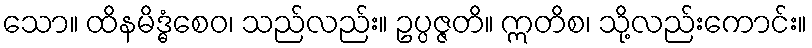
သော။ ထိနမိဒ္ဓံစေဝ၊ သည်လည်း။ ဥပ္ပဇ္ဇတိ။ ဣတိစ၊ သို့လည်းကောင်း။